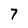
Character: 7